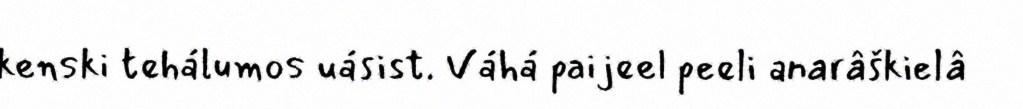
kenski tehálumos uásist. Váhá paijeel peeli anarâškielâ